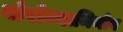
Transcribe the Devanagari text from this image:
वोरोब्यानिनोव